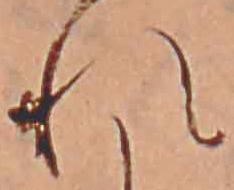
れ